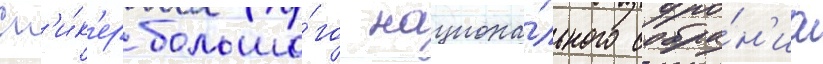
Сп'и́к'ер большо́го национа́льного собра́н'иа